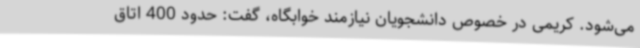
می‌شود. کریمی در خصوص دانشجویان نیازمند خوابگاه، گفت: حدود 400 اتاق